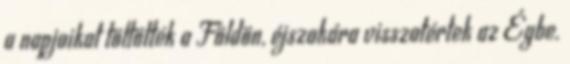
a napjaikat töltötték a Földön, éjszakára visszatértek az Égbe.